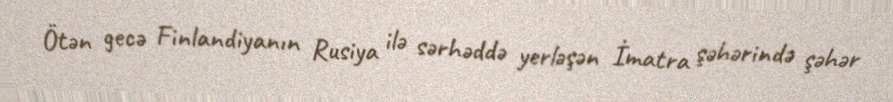
Ötən gecə Finlandiyanın Rusiya ilə sərhəddə yerləşən İmatra şəhərində şəhər